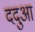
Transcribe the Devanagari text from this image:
ददुआ